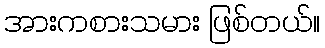
အားကစားသမား ဖြစ်တယ်။